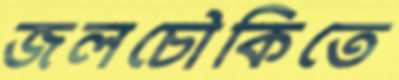
জলচৌকিতে